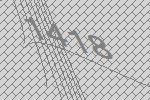
1418